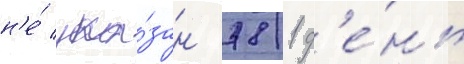
н'е́ ука́зан 781 д'е́нь